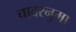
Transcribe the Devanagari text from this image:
चादरनुमा